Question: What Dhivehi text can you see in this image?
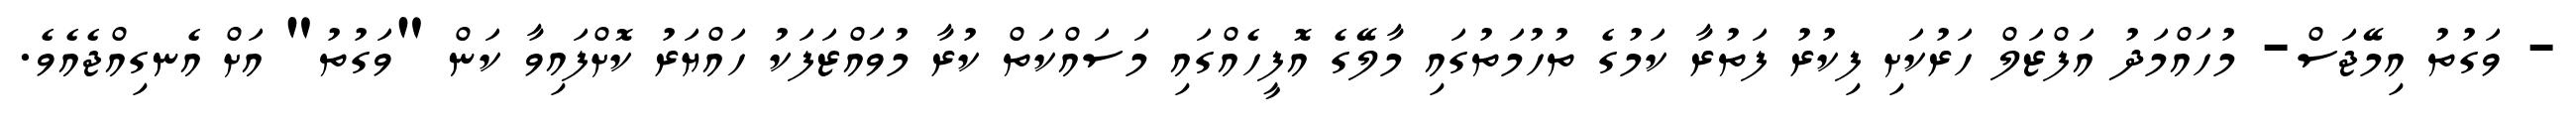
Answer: - ވަގުތު އިމޭޖަސް- މުހައްމަދު އަފްޒަލް ހަރުކަށި ފިކުރު ފަތުރާ ކަމުގެ ތުހުމަތުގައި މާލޭގެ އޮފީހެއްގައި މަސައްކަތް ކުރާ މުވައްޒަފަކު ހައްޔަރު ކޮށްފައިވާ ކަން "ވަގުތު" އަށް އެނގިއްޖެއެވެ.